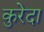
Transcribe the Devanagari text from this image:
कुरेदा